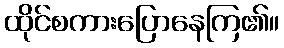
ထိုင်စကားပြောနေကြ၏။